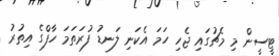
ޓީސީން މި މެޗުގައި ޖެހި ހަމަ އެކަނި ލަނޑު ފުރަތަމަ ހާފްގެ އިތުރު